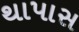
થાપાસ